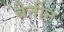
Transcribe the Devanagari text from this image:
बेनीन